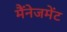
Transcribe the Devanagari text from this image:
मैंनेजमेंट